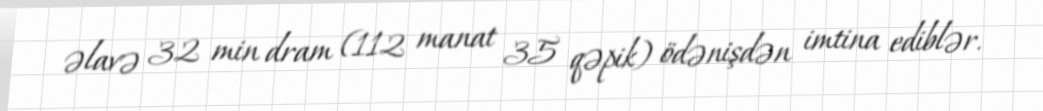
əlavə 32 min dram (112 manat 35 qəpik) ödənişdən imtina ediblər.